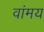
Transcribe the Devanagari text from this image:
वांमय